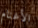
الأغنام